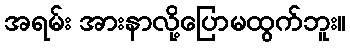
အရမ်း အားနာလို့ပြောမထွက်ဘူး။